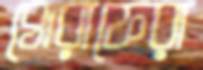
ঘোরাফেরা